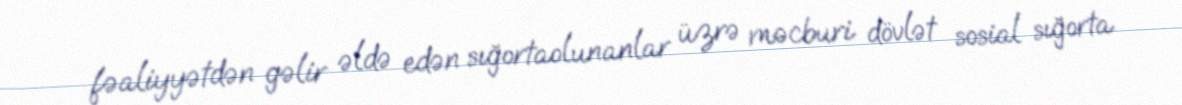
fəaliyyətdən gəlir əldə edən sığortaolunanlar üzrə məcburi dövlət sosial sığorta